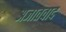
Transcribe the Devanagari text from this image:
अजातवाद